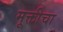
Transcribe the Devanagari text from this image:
मूक्तीचा